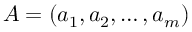
A = ( a _ { 1 } , a _ { 2 } , \dots , a _ { m } )